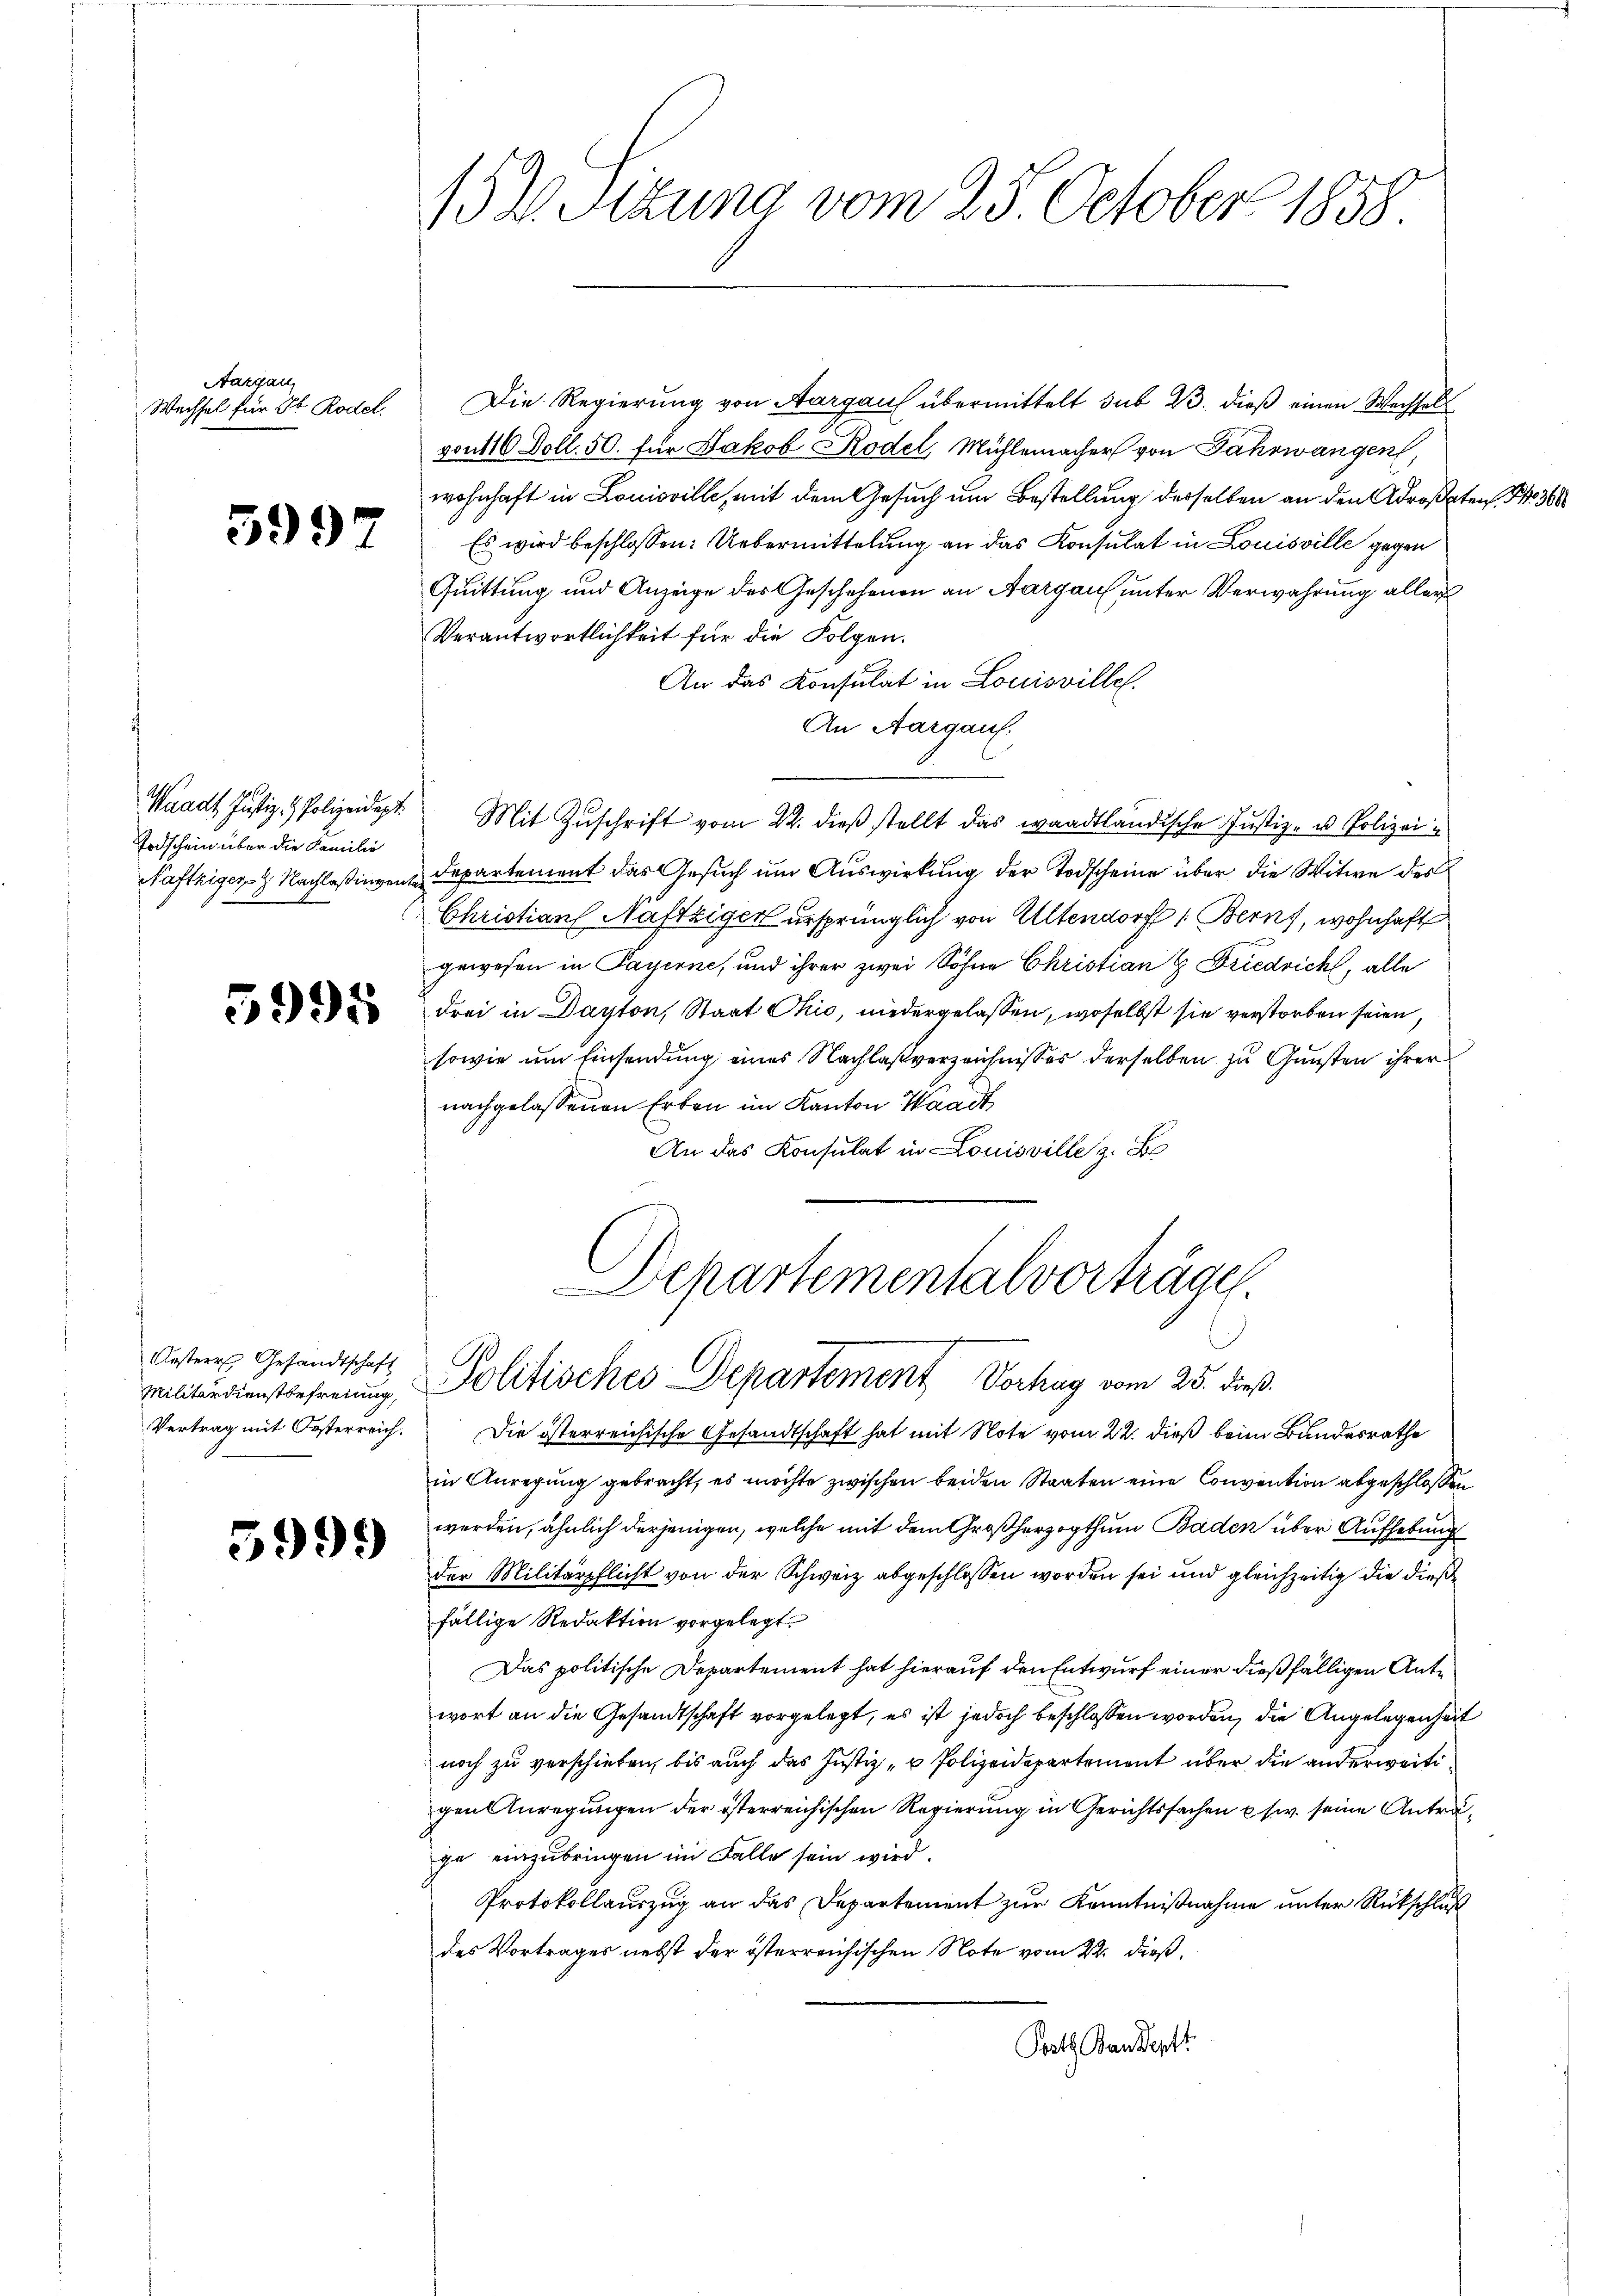
Aargau
Wechsel für 3 Rodel.

5997

Todschein über die Familie

Die Regierung von Aargau übermittelt sub 23. dieß einen Wechsels
gon 116 Doll. 50. für Jakob Rodel, Mühlemacher von Fahrwangen,
wohnhaft in Louisville, mit dem Gesuch um Bestellung derselben an den Adrosaten § 360
Es wird beschlossen: Uebermittelung an das Konsulat in Louisville gegen
Quittung und Anzeige des Geschehenen an Aargau unter Verwahrung aller
Verantwortlichkeit für die Folgen.
An das Konsulat in Louisville.
An Aargaus.
Waadt Justiz- & Polizeidept. Mit Zŭschrift vom 22. dieβ stellt das waadtländische Justiz- u Polizei
Naftzigen Nachlaßingen Departement das Gesuch um Auswirkung der Todscheine über die Witwe des
Christian Maftziger ursprünglich von Altendorf (Berns, wohnhaft
gewesen in Payerne, und ihrer zwei Söhne Christian Friedrich, alle
 drei in Dayton, Staat Ohio, niedergelassen, woselbst sie verstorben seien,
sowie um Einsendung eines Nachlaßverzeichnisses derselben zu Gunsten ihrer
nachgelassenen Erben im Kanton Waadt
An das Konsulat in Louisville z. B
Departementalvorträgen.
Militärdienstbehrenung, Politisches Departement Vorhay vom 25. dieß.
Vertrag mit Oesterreich. Die österreichische Gesandtschaft hat mit Note vom 22. dieß beim Bundesrathe
in Anregung gebracht, es möchte zwischen beiden Staaten eine Convention abgeschlossen
werden, ähnlich derjenigen, welche mit dem Großherzogthum Baden über Aufhebung
der Militärpflicht von der Schweiz abgeschlossen worden sei und gleichzeitig die dießfällige Redaktion vorgelegt.
Das politische Departement hat hierauf den Entwurf einer dießfälligen Antewort an die Gesandtschaft vorgelegt, es ist jedoch beschlossen worden, die Angelegenheit
noch zu verschieben, bis auch das Justiz- u Polizeidepartement über die anderweitigen Anregungen der österreichischen Regierung in Gerichtssachen usw. seine Antrage einzubringen im Falle sein wird.
Protokollauszug an das Departement zur Kenntnißnahme unter Rückschluß
des Vortrages nebst der österreichischen Note vom 22. dieß.
Posts Bandert

Oesterr. Gesandtschaft

3999

152. Sizung vom 23. October 1858.